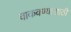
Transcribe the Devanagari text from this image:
वाकवण्यासाठी